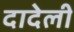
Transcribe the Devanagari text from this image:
दादेली